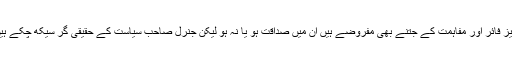
سیز فائر اور مفاہمت کے جتنے بھی مفروضے ہیں ان میں صداقت ہو یا نہ ہو لیکن جنرل صاحب سیاست کے حقیقی گُر سیکھ چکے ہیں۔